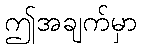
ဤအချက်မှာ